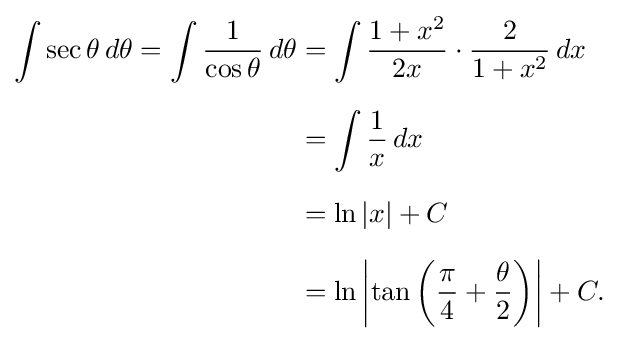
{\begin{aligned}\int \sec \theta \,d\theta =\int {\frac {1}{\cos \theta }}\,d\theta &=\int {\frac {1+x^{2}}{2x}}\cdot {\frac {2}{1+x^{2}}}\,dx\\[6pt]&=\int {\frac {1}{x}}\,dx\\[6pt]&=\ln |x|+C\\[6pt]&=\ln \left|\tan \left({\frac {\pi }{4}}+{\frac {\theta }{2}}\right)\right|+C.\end{aligned}}